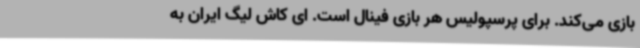
بازی می‌کند. برای پرسپولیس هر بازی فینال است. ای کاش لیگ ایران به